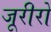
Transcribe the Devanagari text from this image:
जूरीरो